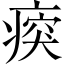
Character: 𤷿